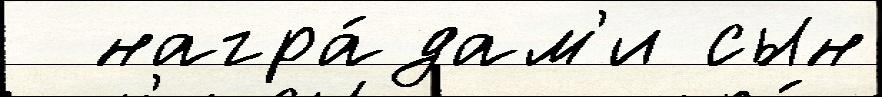
  награ́дам'и сын